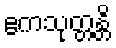
ဧကသုတ္တန္တိ